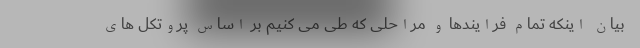
بیان اینکه تمام فرایندها و مراحلی که طی می کنیم بر اساس پروتکل های